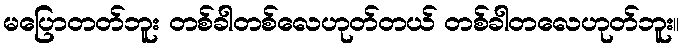
မပြောတတ်ဘူး တစ်ခါတစ်လေဟုတ်တယ် တစ်ခါတလေဟုတ်ဘူး။